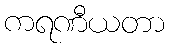
ကရဏီယတာ